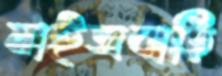
মাইজবাড়ি